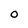
Character: O